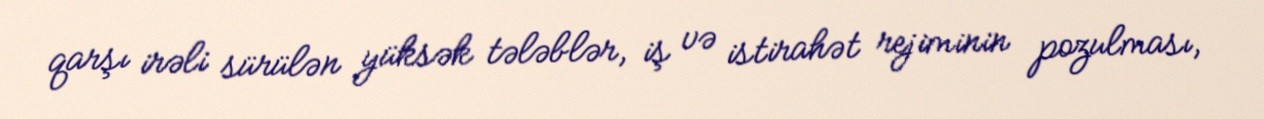
qarşı irəli sürülən yüksək tələblər, iş və istirahət rejiminin pozulması,